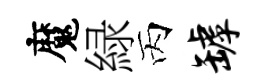
魔緑丙罅